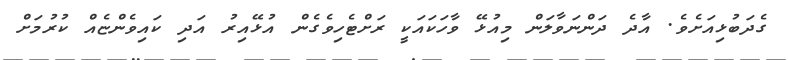
ގެދަބުޅިއަށެވެ. އާދެ ދަންނަވާލަން މިއުޅޭ ވާހަކައަކީ ރަށްޓެހިވެގެން އުޅޭއިރު އަދި ކައިވެންޏެއް ކުރުމަށް